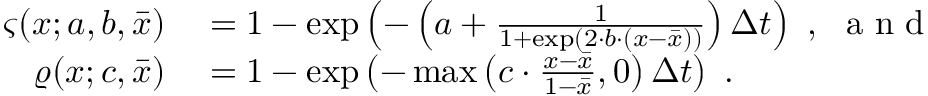
\begin{array} { r l } { \varsigma ( x ; a , b , \bar { x } ) } & { { } = 1 - \exp \left( - \left( a + \frac { 1 } { 1 + \exp ( 2 \cdot b \cdot ( x - \bar { x } ) ) } \right) \Delta t \right) \ , \ \mathrm { ~ a ~ n ~ d ~ } } \\ { \varrho ( x ; c , \bar { x } ) } & { { } = 1 - \exp \left( - \operatorname* { m a x } \left( c \cdot \frac { x - \bar { x } } { 1 - \bar { x } } , 0 \right) \Delta t \right) \ . } \end{array}